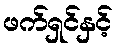
ဖက်ရှင်နှင့်